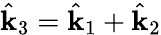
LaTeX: \hat{\textbf{k}}_{3}=\hat{\textbf{k}}_{1}+\hat{\textbf{k}}_{2}